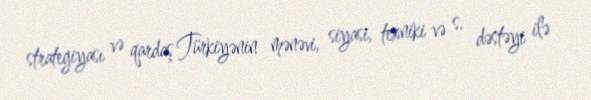
strategiyası və qardaş Türkiyənin mənəvi, siyasi, texniki və s. dəstəyi ilə